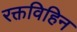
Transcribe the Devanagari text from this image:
रक्तविहिन